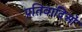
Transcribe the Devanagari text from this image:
प्रतिवादिओं